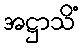
အဋ္ဌာသိံ